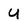
Character: U